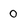
Character: 0